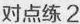
对点练 2